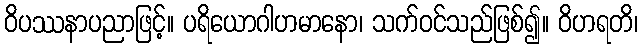
ဝိပဿနာပညာဖြင့်။ ပရိယောဂါဟမာနော၊ သက်ဝင်သည်ဖြစ်၍။ ဝိဟရတိ၊